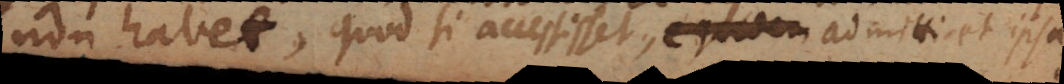
non habet, quod si accessisset, equidem admitti et ipsa